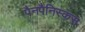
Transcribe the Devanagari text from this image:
पैनपैनिस्कस